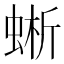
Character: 蜥